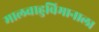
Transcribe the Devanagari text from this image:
मालवाहुविमानाला